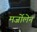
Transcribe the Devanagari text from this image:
मर्जोलेन